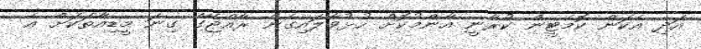
އަދި އެކަން ކޮމެޓީން ކުރާނީ އާންމުކޮށް ހުޅުވާލައިގެން ރާއްޖޭގެ ގިނަ މީޑިއާތަކަށް އެ